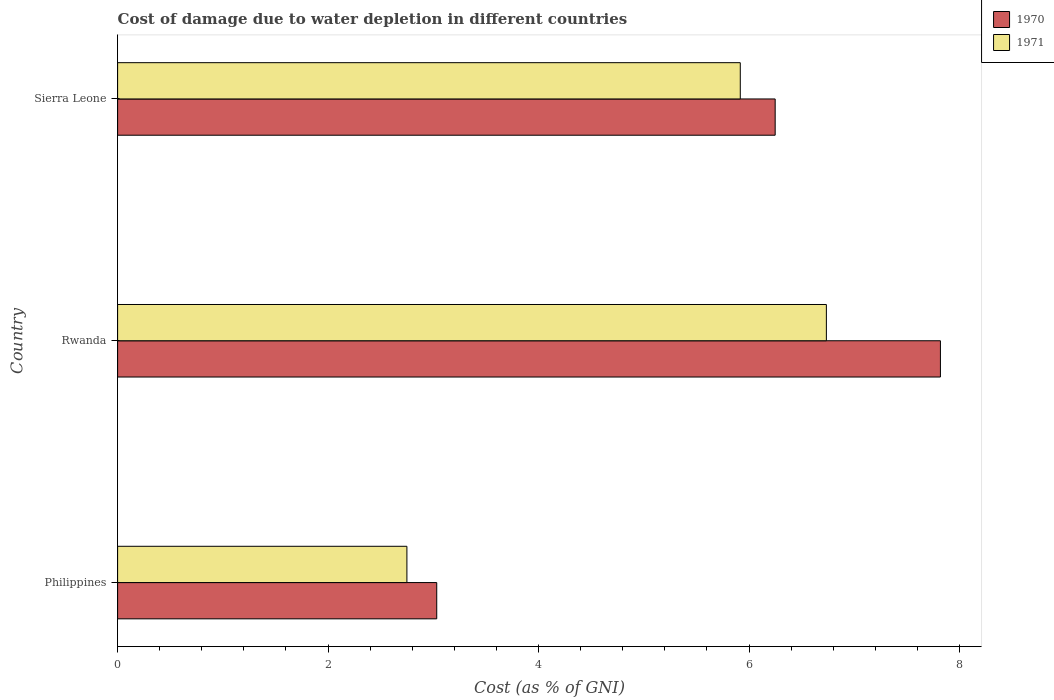
| Country | 1970 | 1971 |
 | --- | --- | --- |
 | Philippines | 3.03 | 2.75 |
 | Rwanda | 7.82 | 6.73 |
 | Sierra Leone | 6.25 | 5.92 |